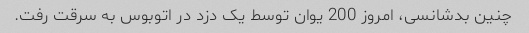
چنین بدشانسی، امروز 200 یوان توسط یک دزد در اتوبوس به سرقت رفت.